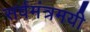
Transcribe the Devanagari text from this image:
सर्वमंत्रमयी